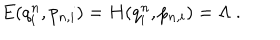
LaTeX: E ( q _ { i } ^ { n } , p _ { n , i } ) = H ( q _ { i } ^ { n } , p _ { n , i } ) = \Lambda \ .